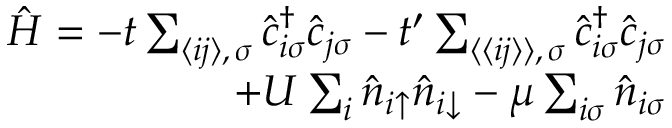
\begin{array} { r } { \hat { H } = - t \sum _ { \langle i j \rangle , \, \sigma } \hat { c } _ { i \sigma } ^ { \dagger } \hat { c } _ { j \sigma } - t ^ { \prime } \sum _ { \langle \langle i j \rangle \rangle , \, \sigma } \hat { c } _ { i \sigma } ^ { \dagger } \hat { c } _ { j \sigma } } \\ { + U \sum _ { i } \hat { n } _ { i \uparrow } \hat { n } _ { i \downarrow } - \mu \sum _ { i \sigma } \hat { n } _ { i \sigma } } \end{array}